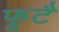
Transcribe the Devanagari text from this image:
फूटै